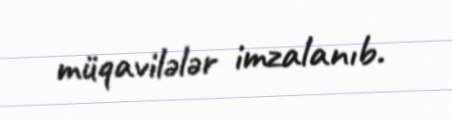
müqavilələr imzalanıb.